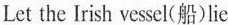
Let the Irish vessel(船)lie